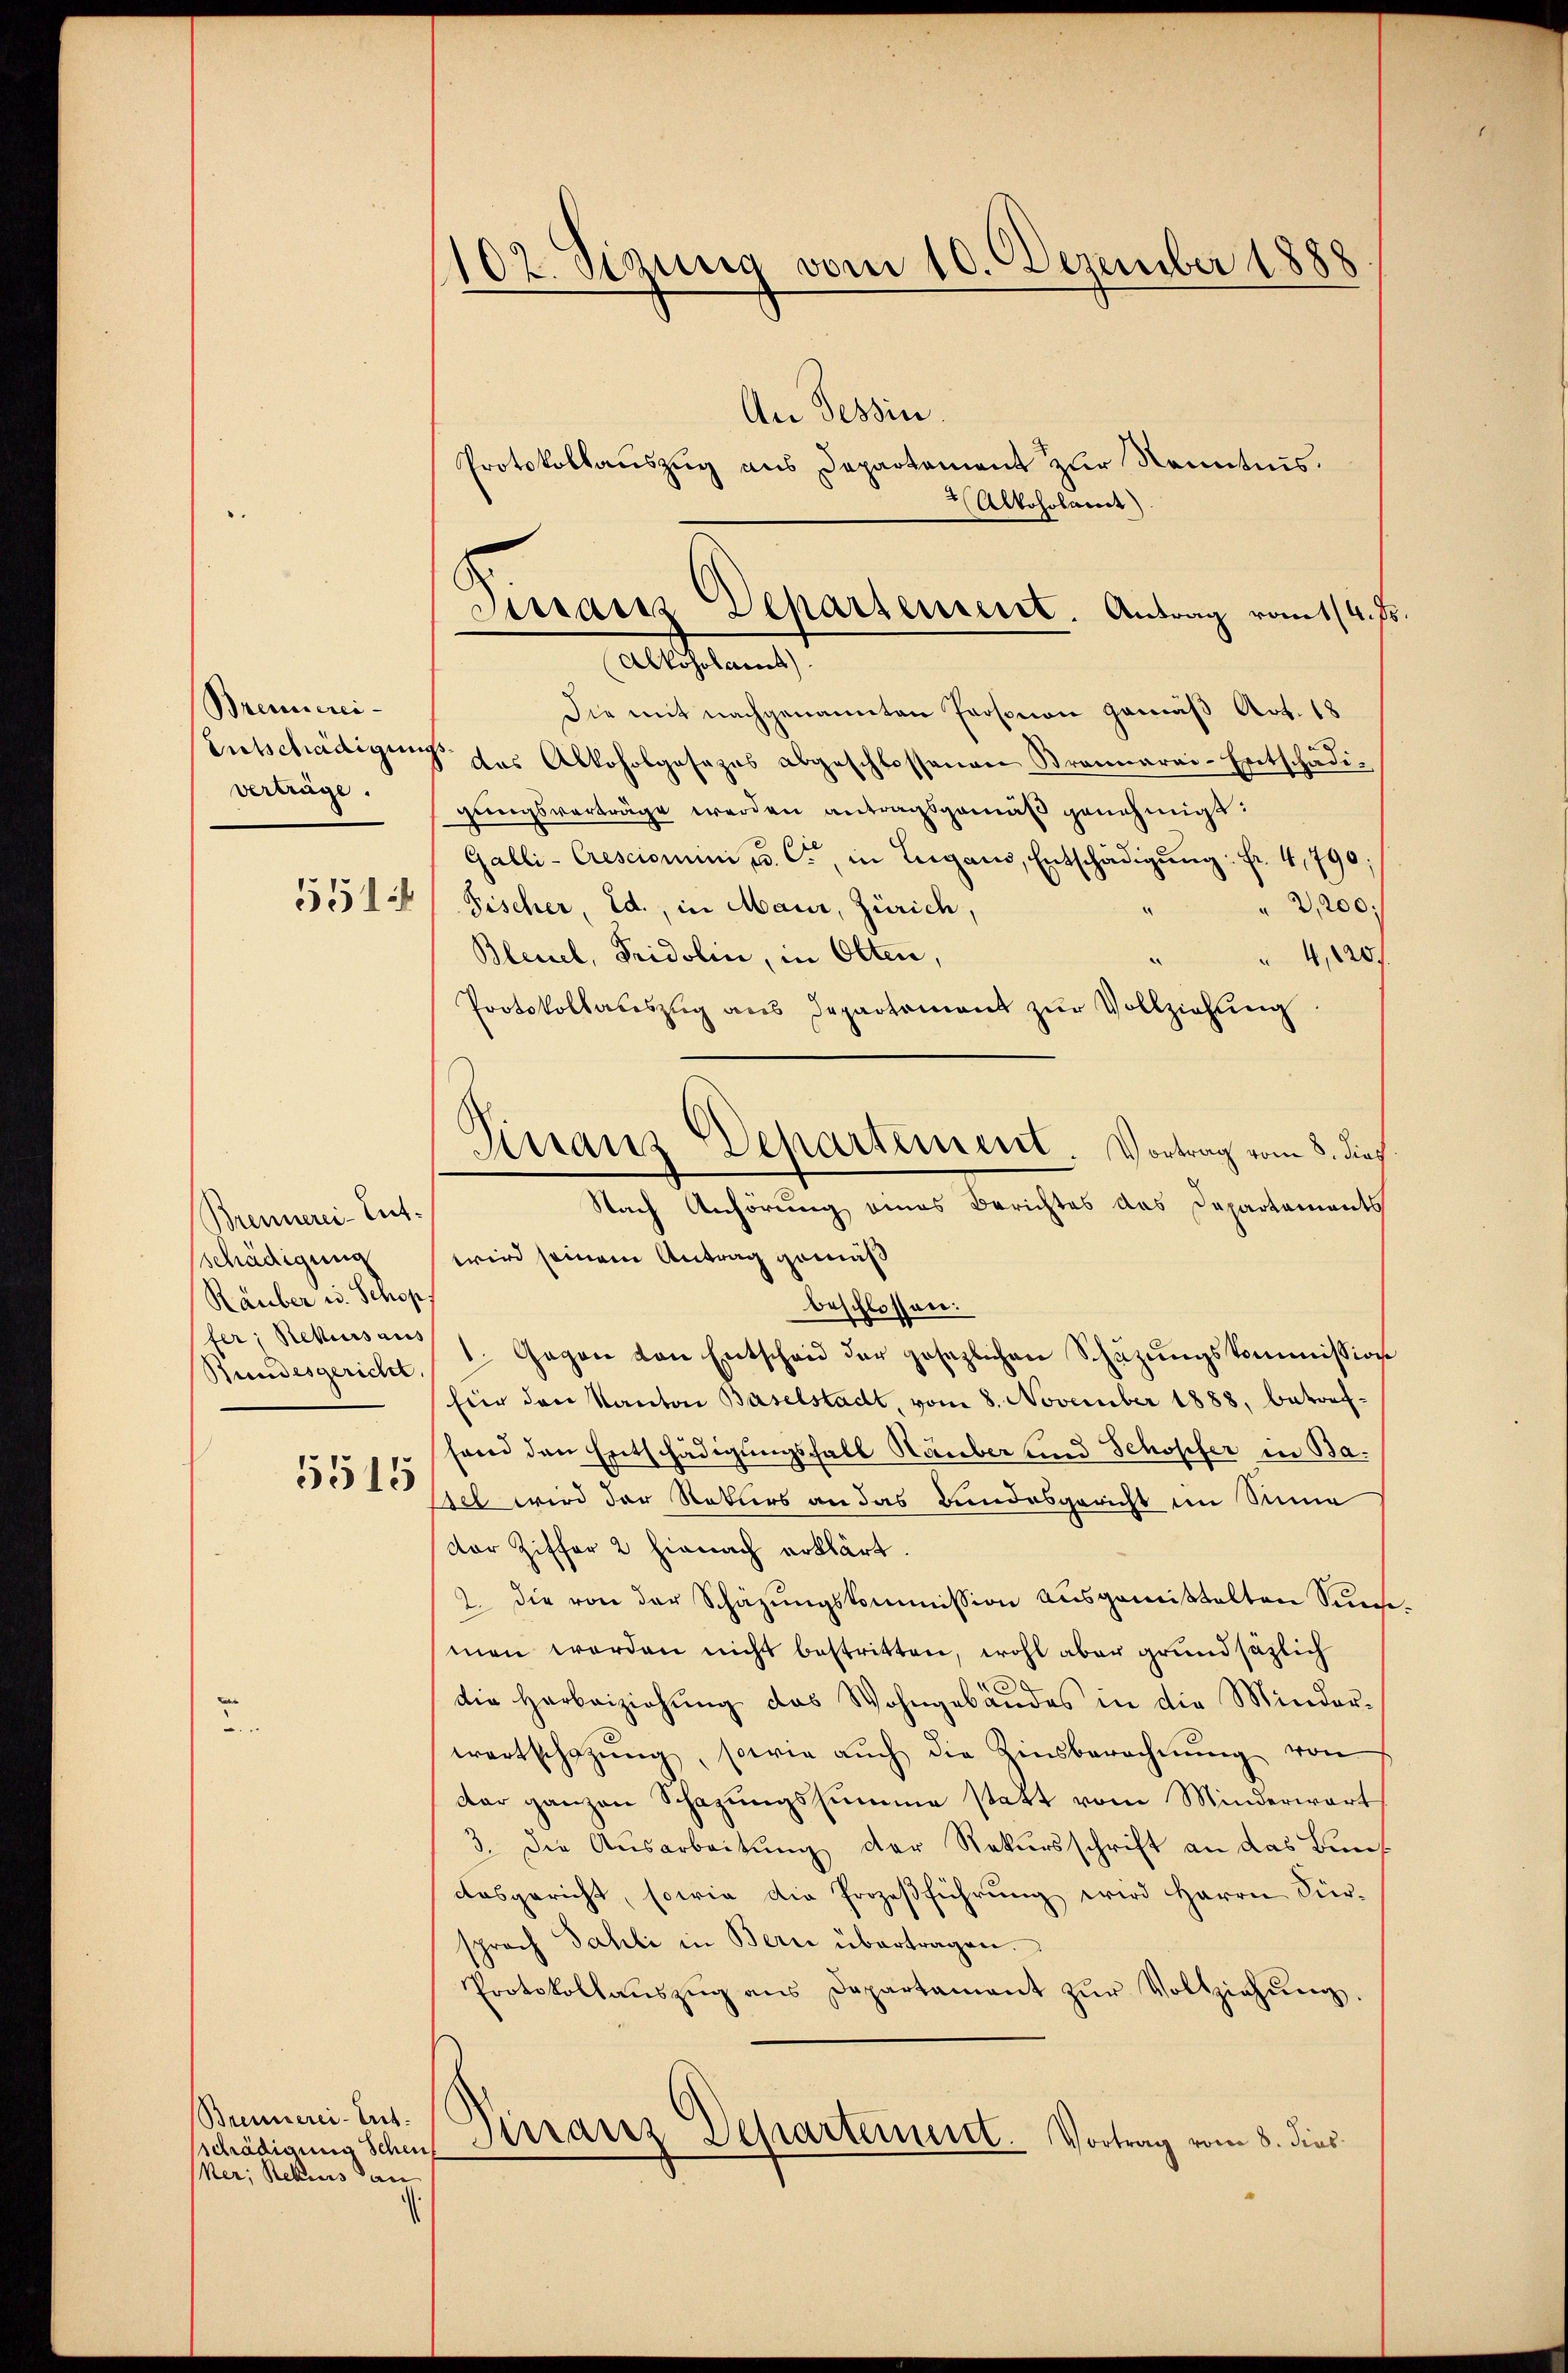
Brennerei-
Entschädigun
verträge.
551

Brennerei-Ent-
schädigung
Räuber u. Schop
fer, Rekursaus
Bundesgericht

5515

Brennerei-Ert.
schädigung Schenf
Mer, Rekurs an

102. Sizung vom 10. Dezember 1889

Franz Departement. Antrag vom 4. Fr
Alkoholamt

Dan
Dehartement Vortrag vom 8. dies
Nach Anhörung eines Berichtes das Departements

An Tessin.
Protokollauszug aus Departement zur Kenntnis.
Alkoholarich)
die mit nachgenannten Personen gemäß Art. 18
1 das Alkoholgasazes abgeschlossenen Brannarai-Entschädigungsverträge werden antragsgemäß genehmigt:
Galli-Cresciorum u. C., in Lugans, Entschädigŭng: Fr. 4, 790:
 2,200
Fischer, Ed., in Maur, Zürich,
Bleisel, Fridolin, in Olten,
4,120
Protokollateszug aus Departement zŭr Vollziehŭng
wird seinem Antrag gemäß
beschlossen:
1. Gegen von Entscheid der gesezlichen Schüzŭngskommission
für den Kanton Baselstadt, vom 8. November 1888, betreffend den Entschädigungsfall Häuber und Schopfer in Baset wird der Naturs an das Bundesgericht im Sinne
dor Ziffer 2 hienach erklärt.
2. die von der Schazungskommission ausgemißtelten Sunst
men werden nicht bestritten, wohl aber grundsätzlich
.
die Herbeiziehŭng das Wohngebäudes in die Minder-
wartschatzŭng, sowie aŭch die Zinsberechnŭng von
dar ganzen Schazungssumme statt vom Minderwart
3. Die Ausarbeitung der Rekursschrift an das Bundesgericht, sowie die Prozeßführung wird Herrn Fürsprach Sahli in Bern übertragen.
Protokollaŭszŭg ans Departament zŭr Vollziehŭng
Sirranz Departement. Vortrag vom 8. dies